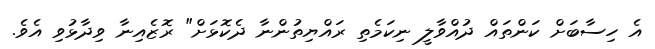
އެ ހިސާބަށް ކަންތައް ދުއްވާލީ ނިކަމެތި ރައްޔިތުންނާ ދެކޮޅަށް" ރޮޒެއިނާ ވިދާޅުވި އެވެ.